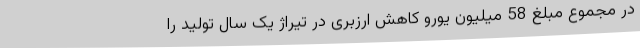
در مجموع مبلغ 58 میلیون یورو کاهش ارزبری در تیراژ یک سال تولید را